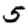
Digit: 5